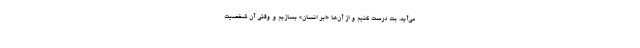
می‌آید، بت درست کنیم و از آن‌ها «اَبَر انسان» بسازیم و وقتی آن شخصیتِ